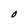
Character: O